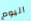
اليوم